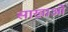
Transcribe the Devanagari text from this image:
साखाओं